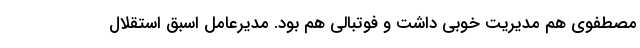
مصطفوی هم مدیریت خوبی داشت و فوتبالی هم بود. مدیرعامل اسبق استقلال